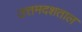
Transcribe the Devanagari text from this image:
उत्तमदशताल